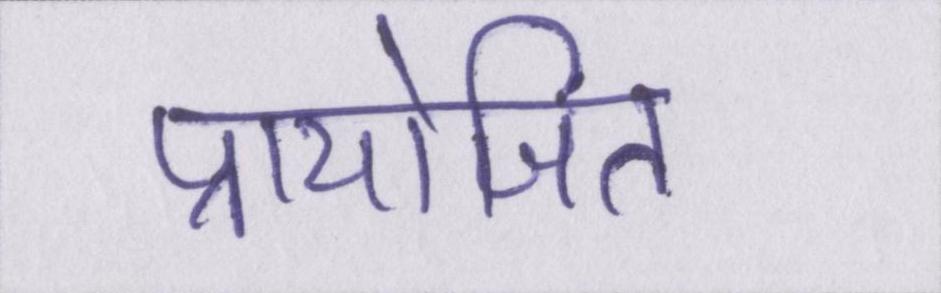
प्रायोजित